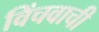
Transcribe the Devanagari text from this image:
विंचवाची